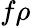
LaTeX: f\rho